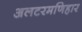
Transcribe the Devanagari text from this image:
अलटरमणिहार